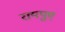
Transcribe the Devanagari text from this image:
रायपुए